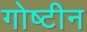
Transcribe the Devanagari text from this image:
गोष्टीन